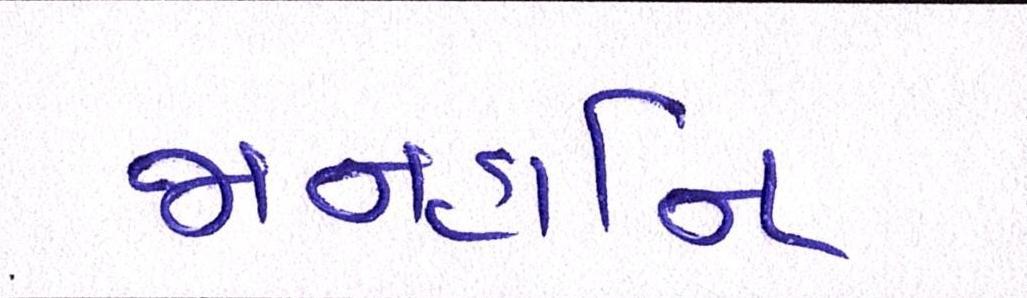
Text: જાનહાનિ